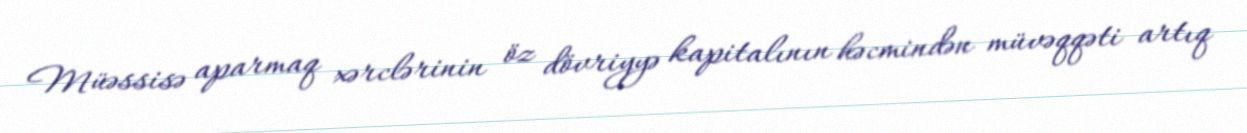
Müəssisə aparmaq xərclərinin öz dövriyyə kapitalının həcmindən müvəqqəti artıq